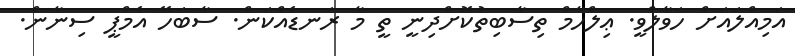
އަމިއްލައަށް ހަވާލްވީ. ޢިލްހާމް ތިސާބިތުކޮށްދިނީ ތީ މާ ރަނޑެއްކަން. ސާބަހޭ އެމްޕީ ސިނާން.